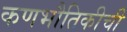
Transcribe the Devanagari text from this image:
कणभौतिकीची